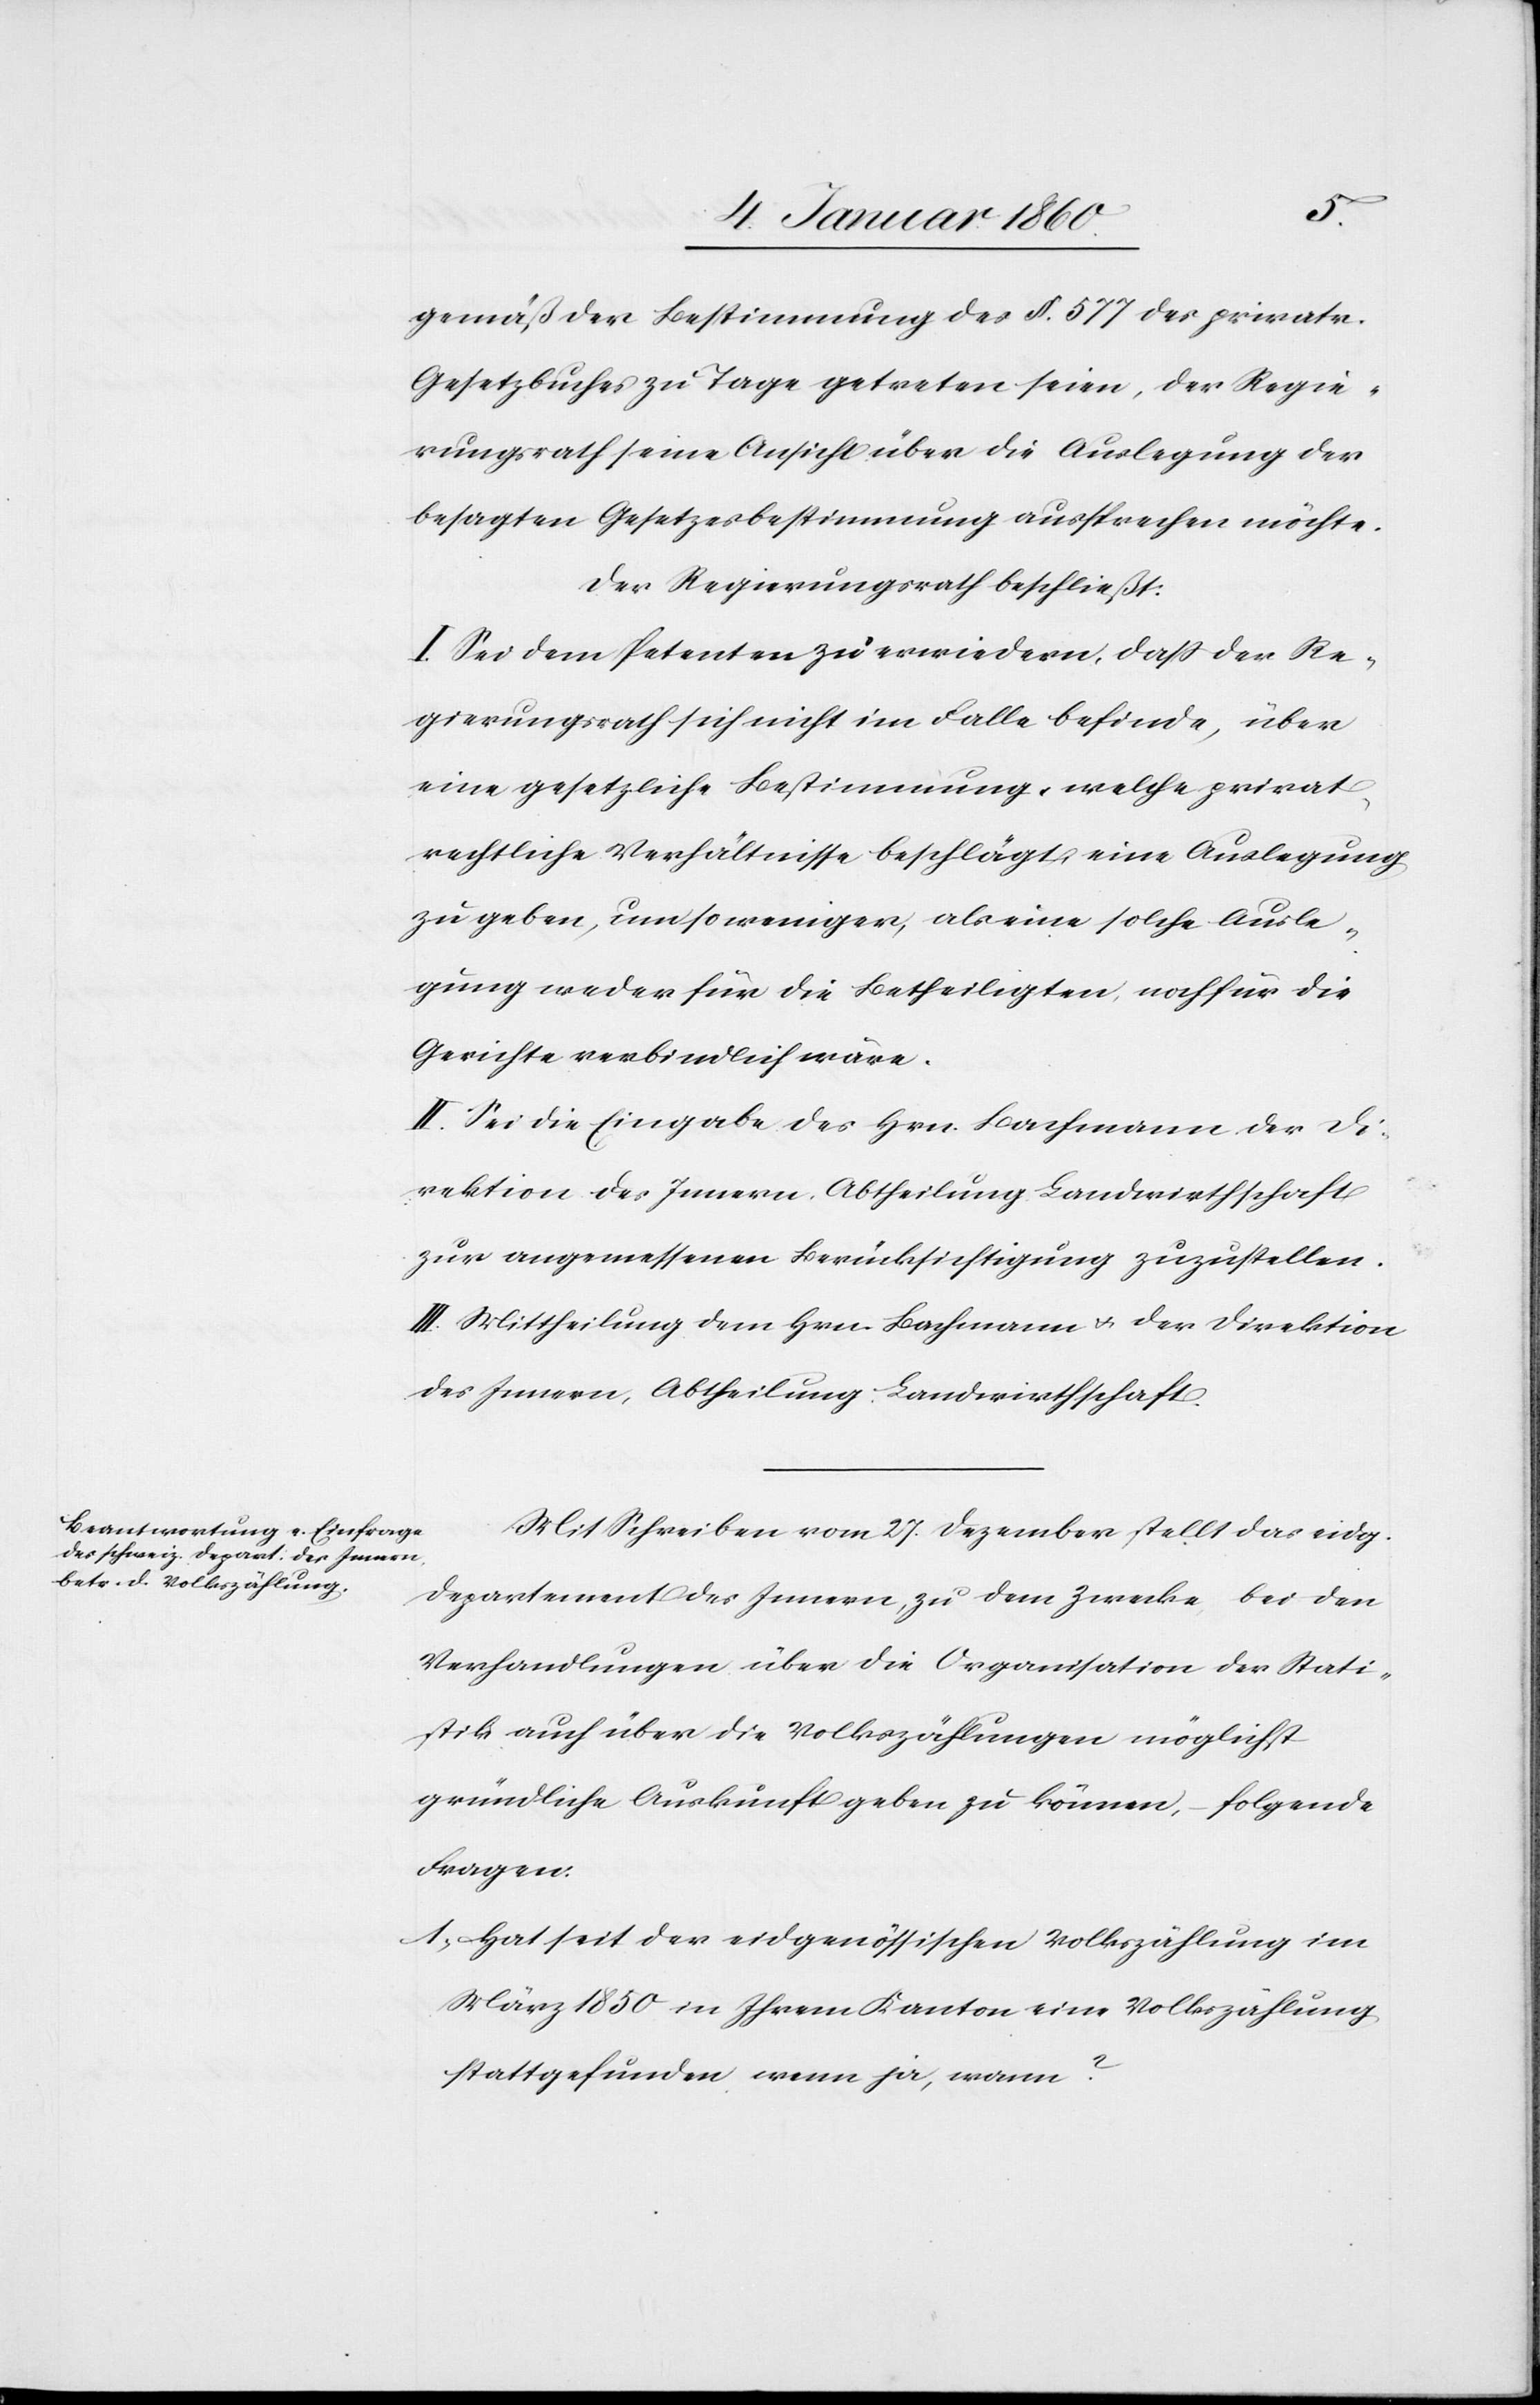
gemäß der Bestimmung des §. 577. des privatr.
Gesetzbuches zu Tage getreten seien, der Regie¬
rungsrath seine Ansicht über die Auslegung der
besagten Gesetzesbestimmung aussprechen möchte.
Der Regierungsrath beschließt:
I. Sei dem Petenten zu erwiedern, dass der Re¬
gierungsrath sich nicht im Falle befinde, über
eine gesetzliche Bestimmung, welche privat
rechtliche Verhältnisse beschlägt, eine Auslegung
zu geben, um so weniger, als eine solche Ausle¬
gung weder für die Betheiligten noch für die
Gerichte verbindlich wäre.
II. Sei die Eingabe des Hrn. Bachmann der Di¬
rektion des Innern, Abtheilung Landwirthschaft
zur angemessenen Berücksichtigung zuzustellen.
III. Mittheilung dem Hrn. Bachmann u. der Direktion
des Innern, Abtheilung Landwirthschaft.
Mit Schreiben vom 27. Dezember stellt das eidg.
Departement des Innern, zu dem Zwecke bei den
Verhandlungen über die Organisation der Stati¬
stik auch über die Volkszählungen möglichst
gründliche Auskunft geben zu können, folgende
Fragen:
1. Hat seit der eidgenössischen Volkszählung im
Jahr 1850. in Ihrem Kanton eine Volkszählung
stattgefunden wenn ja, wann?